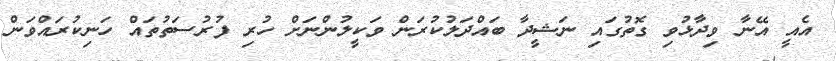
އެއީ އޭނާ ވިދާޅުވި ގޮތުގައި ނަޝީދާ ބައްދަލުކުރަން ވަކީލުންނަށް ހުރި ފުރުސަތުތައް ހަނިކުރައްވަން